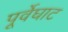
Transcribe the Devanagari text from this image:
पूर्वेघाट